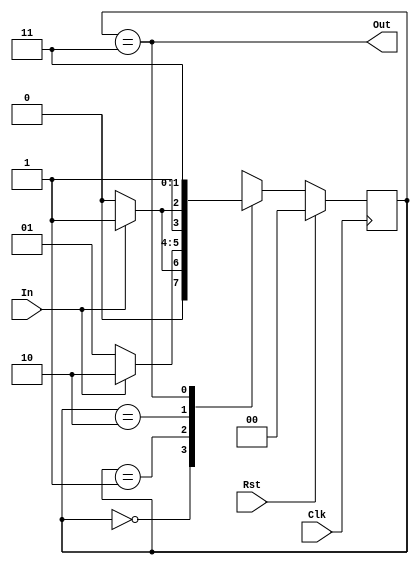
module Detector( Clk, Rst, In, Out);

	input Clk, Rst, In;
	output wire Out;

	localparam s0 = 2'b00,  s1 = 2'b01, s2 = 2'b10, s3 = 2'b11;
	parameter numOfStates = 2;

	reg [numOfStates - 1: 0] state;

	always @(posedge Clk)
	begin
		if(Rst)
			state <= s0;
		else
		begin
			case(state)
			s0:
			begin
				if(In)
					state <= s1;
				else
					state <= s0;
			end
			s1:
			begin
				if(In)
					state <= s2;
				else
					state <= s1;
			end
			s2:
			begin
				if(In)
					state <= s3;
				else
					state <= s2;
			end
			s3:
			begin
				if(In)
					state <= s3;
				else
					state <= s3;
			end
			endcase
		end
	end
	assign Out = (state == s3);
endmodule